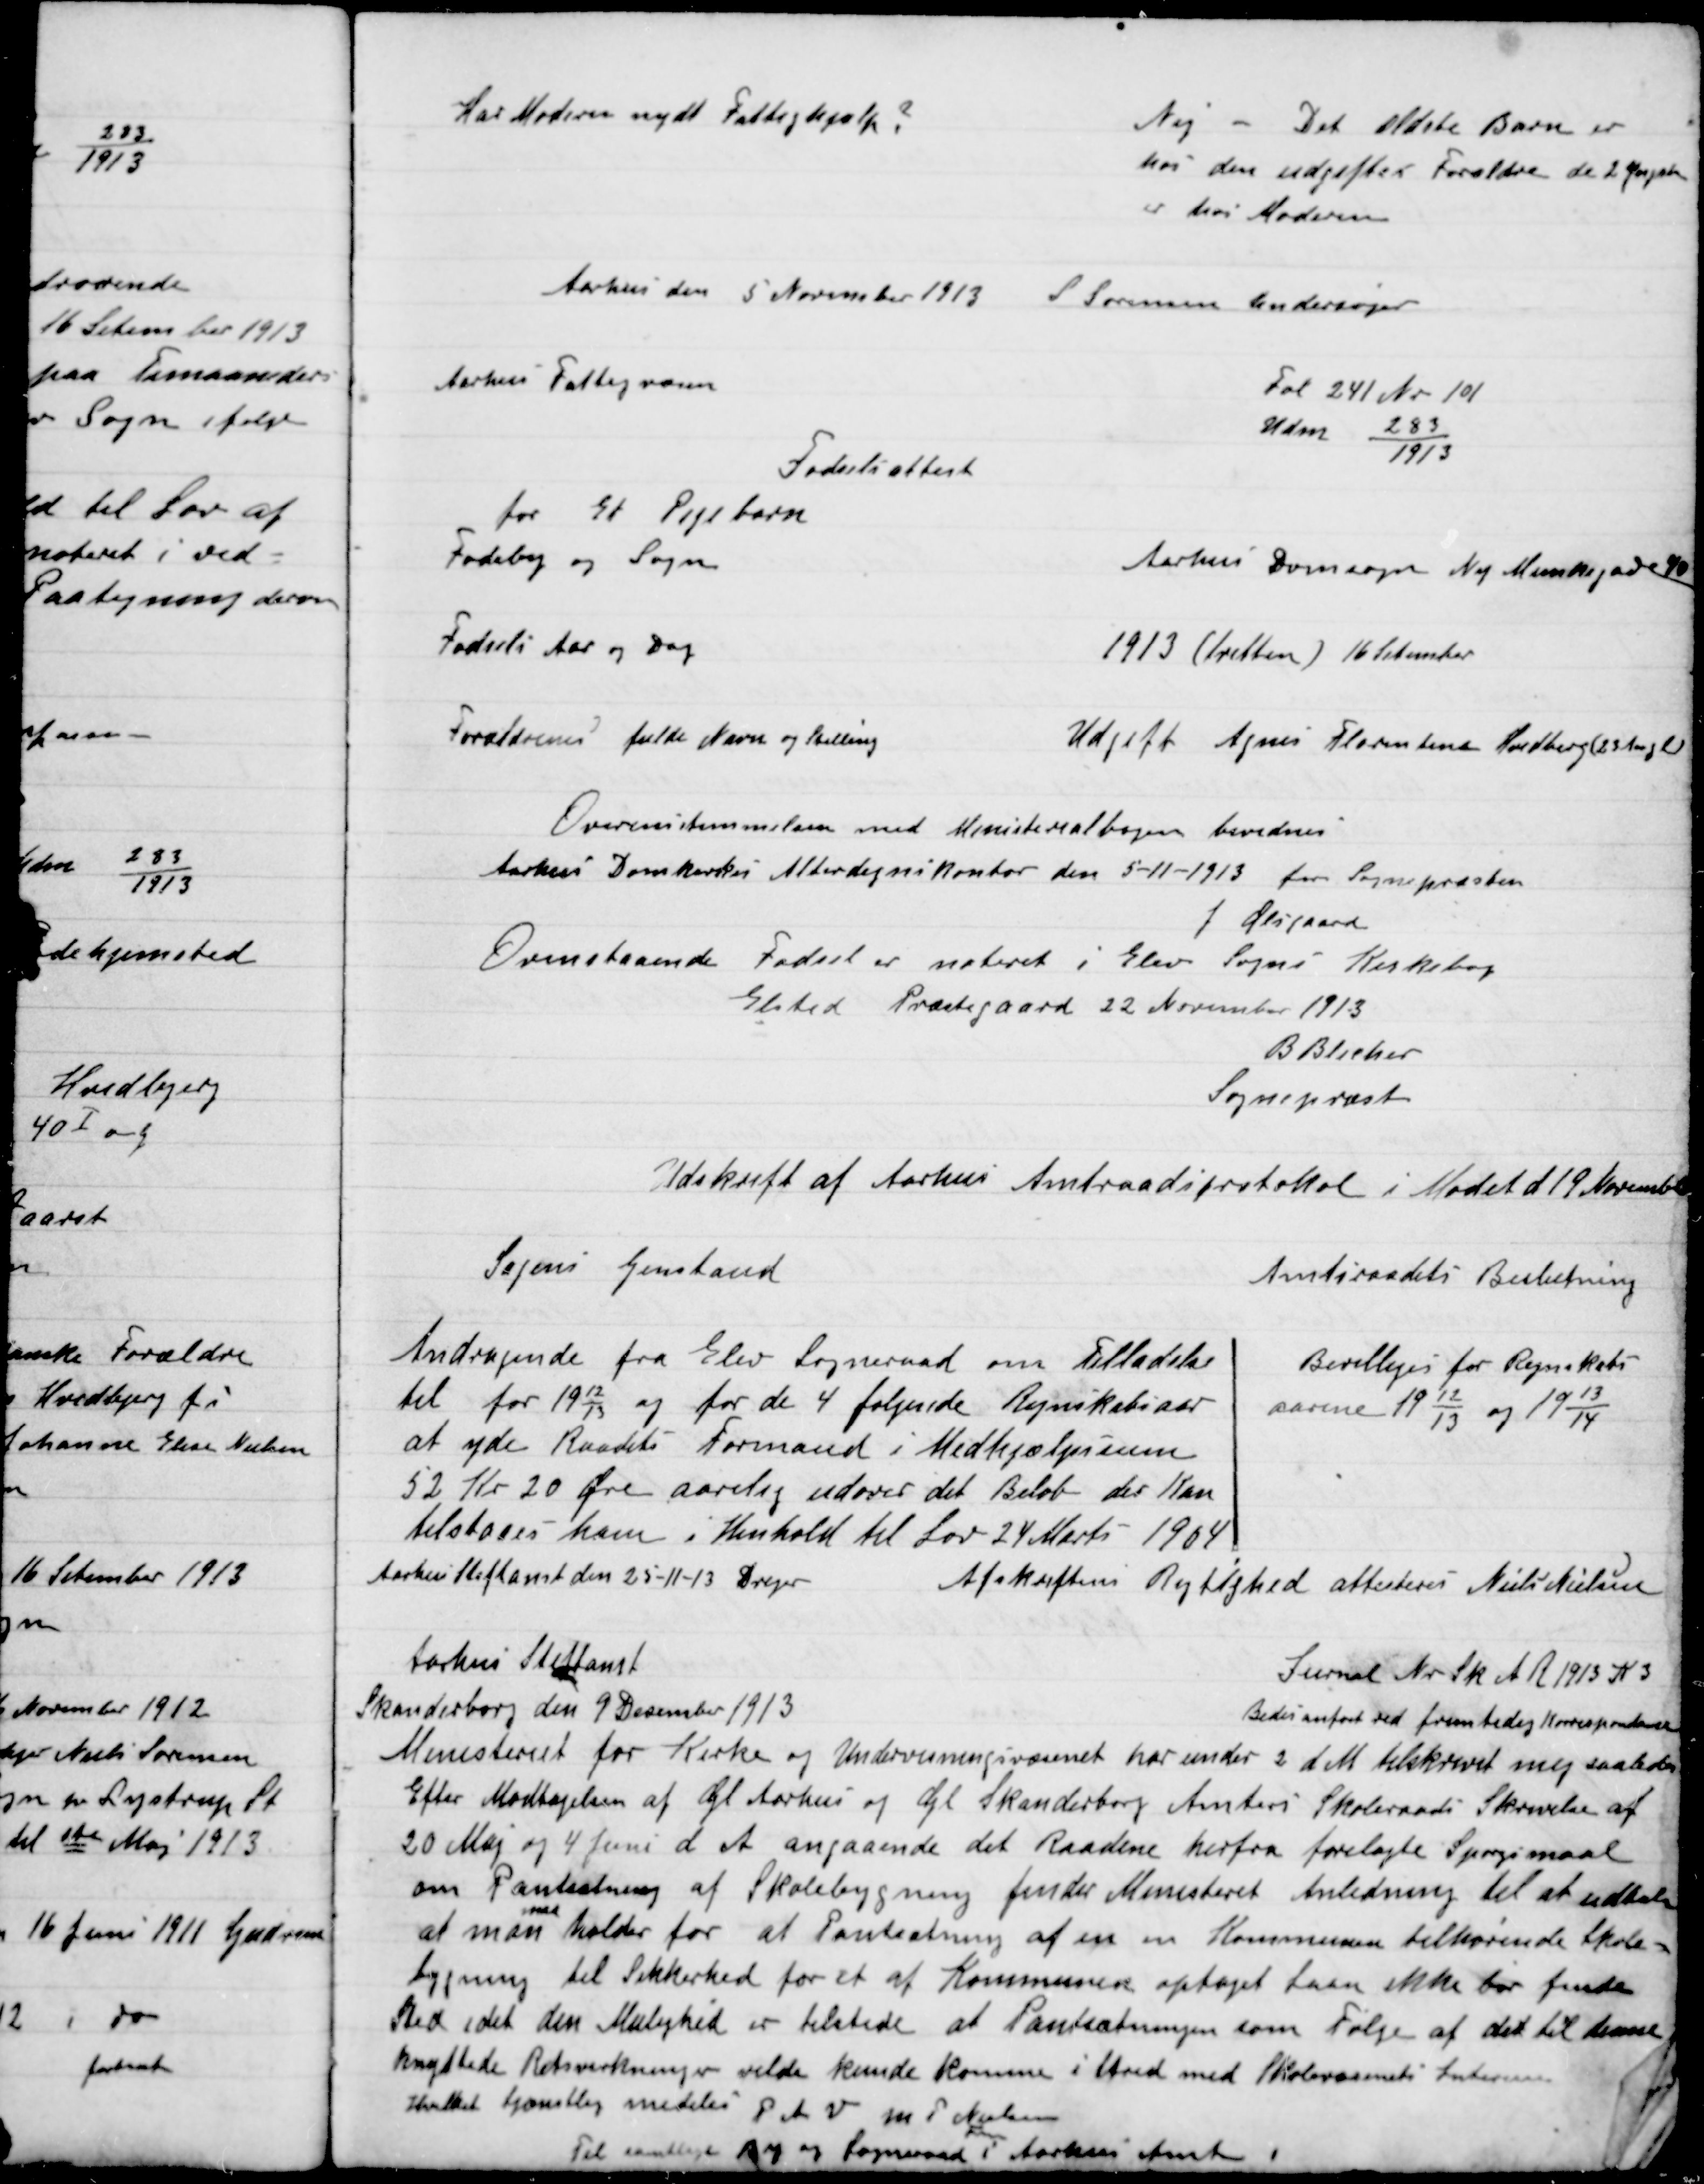
Transskription:
Har Moderen nydt Fattighjælp?

Nej – det ældste Barn er
hos den udgifter forældre de 2 Yngste
er hos Moderen

Aarhus den 5 November 1913 S. Sørensen Undersøger

Aarhus Fattigvæsen
Fol 241 Nr. 101
Udm 283/1913
Fødselsattest
For Et Pigebarn
Fødeby og sogn	Aarhus
Domsogn Ny Munkegaard 40
Fødsels Aar og Dag
1913 (tretten) 16 September
Forældre, fulde Navn og stilling
Udgift Agnes Florentina Hvedbjerg (23 Aug. L.)
Overensstemmelse med Ministeranal bogen bevidnes
Aarhus Domkontor Alterdegnskontor den 5-11-1913 for Sognepræsten
J. Østergaard
Ovenstaaende Fødsel er noteret i Elev Sogns Kassebog
Elsted Præstegaard 22 November 1913
B. Blicher
Sognepræst

Udskrift af Aarhus Amtsraadsprotekol i Mødet d. 19 November Amtsraadets
Sagens Genstand
Andragende fra Elev Sogneraad om tilladelse
til for 1912/13 og for de 4 følgende Regnskabsaar
at yde Raades Formand i Medhjælpssum
52 Kr. 20 Øre aarlig udover det Beløb der Kan
tilstaas ham i Henhold til Lov 24 Marts – 1904
Amtsraadets Beslutning
Bevilliges for Regnskabs-
aarene 1912/13 og 1913/14
Aarhus Stiftsamt den 25-11-13 Drejer
Afskriftens Rigtighed attesteres Niels Nielsen

Aarhus Stiftsamt
Skanderborg den 9 Desember 1913
Journal Nr. sk A R 1913 K 3
Bedes anført ved fremtidig Henvendelse
Ministeriet for Kirke og Undervisningsvæsenet har under 2 d M tilskrevet mig saaledes
 Efter Modtagelsen af Gl. Aarhus og Gl. Skanderborg Amtets Skoleraads Skrivelse af
20 Maj og 4 Juni d. A. angaaende det Raadene herfra forelagte spørgsmaal
om Pantsætning af Skolebygning finder Ministeriet Anledning til at udtale
at man
maa
holder for at Pantsætningen af en om Kommunen tilhørende
bygning til sikkerhed for et af Kommunen optaget Laan ikke bør finde
Sted idet den Mulighed er tilstede at Pantsætningen som følge af det til denne
Knyttede Retsvirkning vilde kunde komme i stand med Skolevæsenets Interesse
Hvilket tjænstlig meddeles 	P.A.V. m P. Nielsen
Fmd.
Til samtlige By og Sogneraad i Aarhus Amt